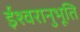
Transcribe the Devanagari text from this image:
ईश्वरानुभूति